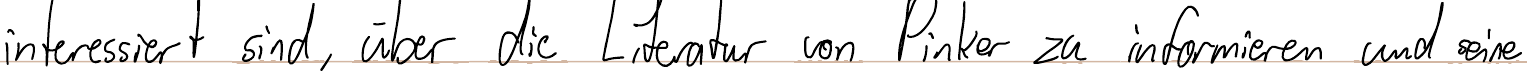
interessiert sind, über die Literatur von Pinker zu informieren und seine